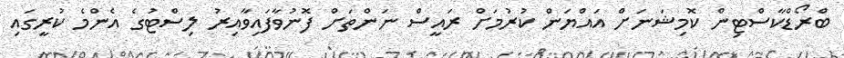
ބްރޯޑްކާސްޓިން ކޮމިޝަނަށް އައްޔަން ކުރުމަށް ރައީސް ނަންތަށް ފޮނުވާފައިވާއިރު ލިސްޓުގެ އެންމެ ކުރީގައި